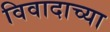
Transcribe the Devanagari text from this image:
विवादाच्या